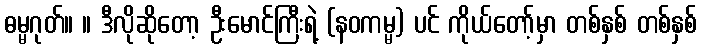
ဓမ္မဂုတ်။ ။ ဒီလိုဆိုတော့ ဦးမောင်ကြီးရဲ့ (နဝကမ္မ) ပင် ကိုယ်တော့်မှာ တစ်နှစ် တစ်နှစ်